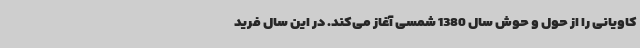
کاویانی را از حول و حوش سال 1380 شمسی آغاز می‌کند. در این سال فرید